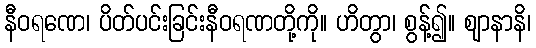
နီဝရဏေ၊ ပိတ်ပင်းခြင်းနီဝရဏတို့ကို။ ဟိတွာ၊ စွန့်၍။ ဈာနာနိ၊